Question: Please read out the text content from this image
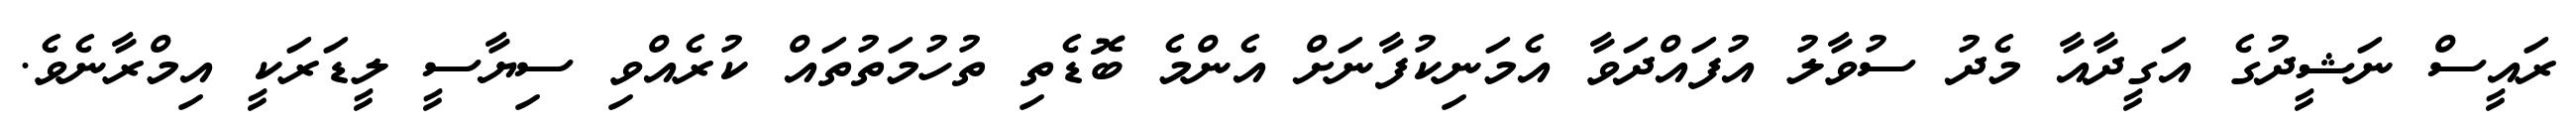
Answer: ރައީސް ނަޝީދުގެ އަގީދާއާ މެދު ސުވާލު އުފައްދަވާ އެމަނިކުފާނަށް އެންމެ ބޮޑެތި ތުހުމަތުތައް ކުރެއްވި ސިޔާސީ ލީޑަރަކީ އިމްރާނެވެ.